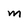
Character: M